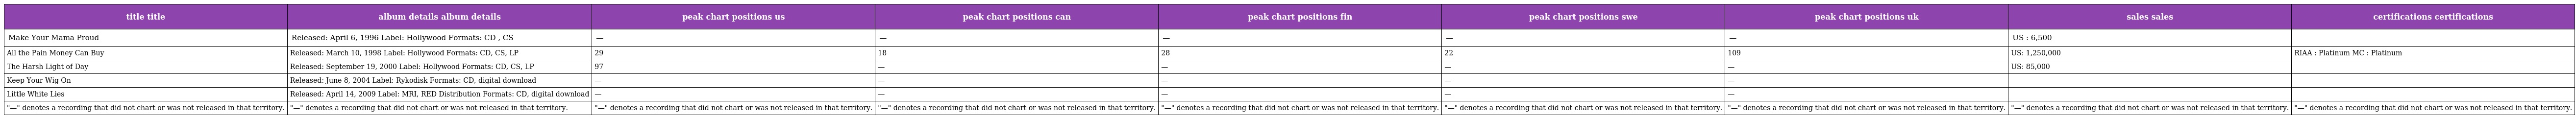
| title title | album details album details | peak chart positions us | peak chart positions can | peak chart positions fin | peak chart positions swe | peak chart positions uk | sales sales | certifications certifications |
 | --- | --- | --- | --- | --- | --- | --- | --- | --- |
 | Make Your Mama Proud | Released: April 6, 1996 Label: Hollywood Formats: CD , CS | — | — | — | — | — | US : 6,500 |  |
 | All the Pain Money Can Buy | Released: March 10, 1998 Label: Hollywood Formats: CD, CS, LP | 29 | 18 | 28 | 22 | 109 | US: 1,250,000 | RIAA : Platinum MC : Platinum |
 | The Harsh Light of Day | Released: September 19, 2000 Label: Hollywood Formats: CD, CS, LP | 97 | — | — | — | — | US: 85,000 |  |
 | Keep Your Wig On | Released: June 8, 2004 Label: Rykodisk Formats: CD, digital download | — | — | — | — | — |  |  |
 | Little White Lies | Released: April 14, 2009 Label: MRI, RED Distribution Formats: CD, digital download | — | — | — | — | — |  |  |
 | "—" denotes a recording that did not chart or was not released in that territory. | "—" denotes a recording that did not chart or was not released in that territory. | "—" denotes a recording that did not chart or was not released in that territory. | "—" denotes a recording that did not chart or was not released in that territory. | "—" denotes a recording that did not chart or was not released in that territory. | "—" denotes a recording that did not chart or was not released in that territory. | "—" denotes a recording that did not chart or was not released in that territory. | "—" denotes a recording that did not chart or was not released in that territory. | "—" denotes a recording that did not chart or was not released in that territory. |